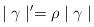
LaTeX: \begin{align*}\mid \gamma \mid ^{\prime }=\rho \mid \gamma \mid \end{align*}